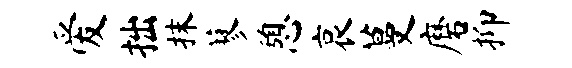
爱拙抹蓼憩哀蔓磨抑